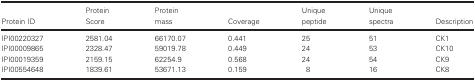
| Protein ID | Protein Score | Protein mass | Coverage | Unique peptide | Unique spectra | Description |
 | --- | --- | --- | --- | --- | --- | --- |
 | IPI00220327 | 2581.04 | 66170.07 | 0.441 | 25 | 51 | CK1 |
 | IPI00009865 | 2328.47 | 59019.78 | 0.449 | 24 | 53 | CK10 |
 | IPI00019359 | 2159.15 | 62254.9 | 0.568 | 24 | 54 | CK9 |
 | IPI00554648 | 1839.61 | 53671.13 | 0.159 | 8 | 16 | CK8 |